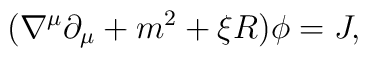
(\nabla^{\mu}\partial_{\mu}+m^2 +\xi R)\phi=J ,